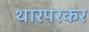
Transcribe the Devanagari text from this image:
थारपरकर